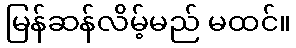
မြန်ဆန်လိမ့်မည် မထင်။